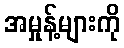
အမှုန့်များကို